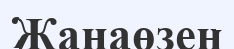
Жанаөзен